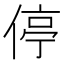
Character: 停